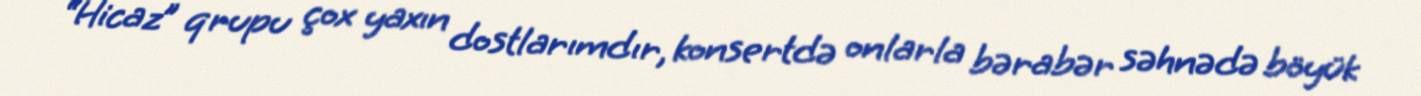
“Hicaz” qrupu çox yaxın dostlarımdır, konsertdə onlarla bərabər səhnədə böyük